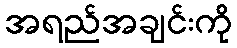
အရည်အချင်းကို